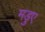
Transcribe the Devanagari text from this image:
मडुए